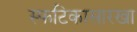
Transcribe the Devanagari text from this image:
स्फटिकासारखा